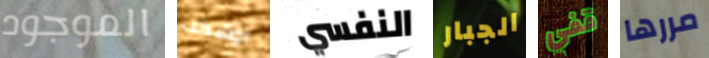
الموجود اوشكت النفسي الجبار قفي مررها